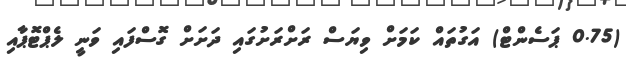
(0.75 ޕަސެންޓް) އަގުތައް ކަމަށް ވިޔަސް ރަށްރަށުގައި ދަށަށް ގޮސްފައި ވަނީ ލެޕްޓޮޕާއި